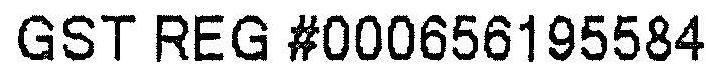
GST REG #000656195584